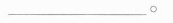
_____。